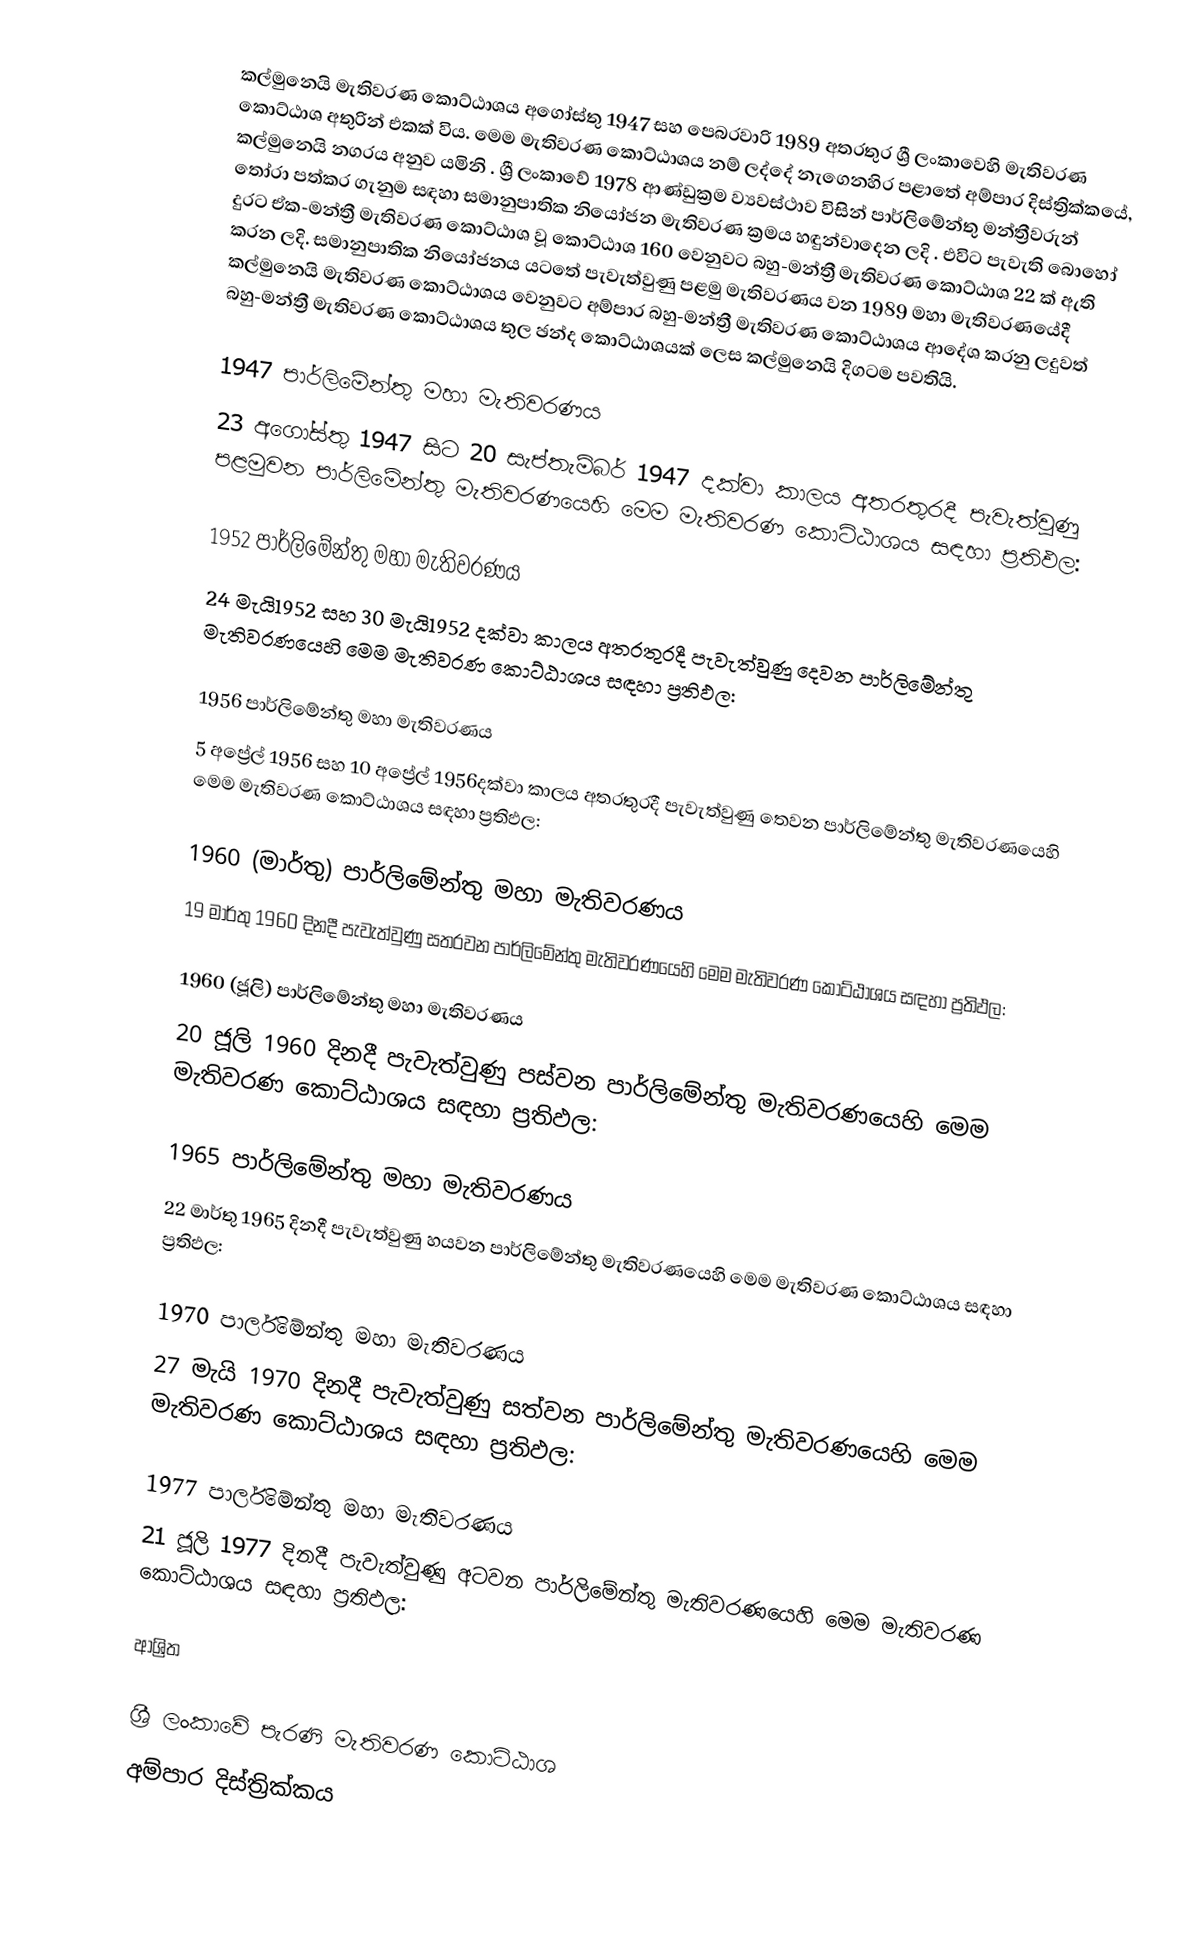
කල්මුනෙයි මැතිවරණ කොට්ඨාශය  අගෝස්තු 1947 සහ පෙබරවාරි 1989 අතරතුර  ශ්‍රී ලංකාවෙහි  මැතිවරණ කොට්ඨාශ අතුරින් එකක් විය. මෙම මැතිවරණ කොට්ඨාශය නම් ලද්දේ  නැගෙනහිර පළාතේ  අම්පාර දිස්ත්‍රික්කයේ,  කල්මුනෙයි නගරය අනුව යමිනි . ශ්‍රී ලංකාවේ 1978 ආණ්ඩුක්‍රම ව්‍යවස්ථාව විසින්   පාර්ලිමේන්තු මන්ත්‍රීවරුන් තෝරා පත්කර ගැනුම සඳහා සමානුපාතික නියෝජන මැතිවරණ ක්‍රමය හඳුන්වාදෙන ලදි . එවිට පැවැති බොහෝ දුරට  ඒක-මන්ත්‍රී මැතිවරණ කොට්ඨාශ වූ කොට්ඨාශ 160 වෙනුවට බහු-මන්ත්‍රී මැතිවරණ කොට්ඨාශ 22 ක් ඇති කරන ලදි. සමානුපාතික නියෝජනය යටතේ  පැවැත්වුණු පළමු මැතිවරණය වන 1989 මහා මැතිවරණයේදී  කල්මුනෙයි මැතිවරණ කොට්ඨාශය වෙනුවට  අම්පාර බහු-මන්ත්‍රී මැතිවරණ කොට්ඨාශය  ආදේශ කරනු ලදුවත් බහු-මන්ත්‍රී මැතිවරණ කොට්ඨාශය තුල ඡන්ද කොට්ඨාශයක් ලෙස කල්මුනෙයි දිගටම පවතියි.

1947 පාර්ලිමේන්තු මහා මැතිවරණය
23 අගෝස්තු 1947 සිට 20 සැප්තැම්බර් 1947 දක්වා කාලය අතරතුරදී  පැවැත්වුණු  පළමුවන පාර්ලිමේන්තු මැතිවරණයෙහි මෙම මැතිවරණ කොට්ඨාශය සඳහා ප්‍රතිඵල:

1952 පාර්ලිමේන්තු මහා මැතිවරණය
24 මැයි1952 සහ 30 මැයි1952 දක්වා කාලය අතරතුරදී  පැවැත්වුණු  දෙවන පාර්ලිමේන්තු මැතිවරණයෙහි මෙම මැතිවරණ කොට්ඨාශය සඳහා ප්‍රතිඵල:

1956 පාර්ලිමේන්තු මහා මැතිවරණය
5 අප්‍රේල් 1956 සහ 10 අප්‍රේල් 1956දක්වා කාලය අතරතුරදී  පැවැත්වුණු  තෙවන පාර්ලිමේන්තු මැතිවරණයෙහි මෙම මැතිවරණ කොට්ඨාශය සඳහා ප්‍රතිඵල:

1960 (මාර්තු) පාර්ලිමේන්තු මහා මැතිවරණය
19 මාර්තු 1960 දිනදී  පැවැත්වුණු  සතරවන පාර්ලිමේන්තු මැතිවරණයෙහි මෙම මැතිවරණ කොට්ඨාශය සඳහා ප්‍රතිඵල:

1960 (ජූලි) පාර්ලිමේන්තු මහා මැතිවරණය
20 ජූලි 1960 දිනදී  පැවැත්වුණු  පස්වන පාර්ලිමේන්තු මැතිවරණයෙහි මෙම මැතිවරණ කොට්ඨාශය සඳහා ප්‍රතිඵල:

1965 පාර්ලිමේන්තු මහා මැතිවරණය
22 මාර්තු 1965  දිනදී  පැවැත්වුණු  හයවන පාර්ලිමේන්තු මැතිවරණයෙහි මෙම මැතිවරණ කොට්ඨාශය සඳහා ප්‍රතිඵල:

1970 පාර්ලිමේන්තු මහා මැතිවරණය
27 මැයි 1970 දිනදී  පැවැත්වුණු  සත්වන පාර්ලිමේන්තු මැතිවරණයෙහි මෙම මැතිවරණ කොට්ඨාශය සඳහා ප්‍රතිඵල:

1977 පාර්ලිමේන්තු මහා මැතිවරණය
21 ජූලි 1977 දිනදී  පැවැත්වුණු  අටවන පාර්ලිමේන්තු මැතිවරණයෙහි මෙම මැතිවරණ කොට්ඨාශය සඳහා ප්‍රතිඵල:

ආශ්‍රිත

ශ්‍රී ලංකාවේ පැරණි මැතිවරණ කොට්ඨාශ
අම්පාර දිස්ත්‍රික්කය